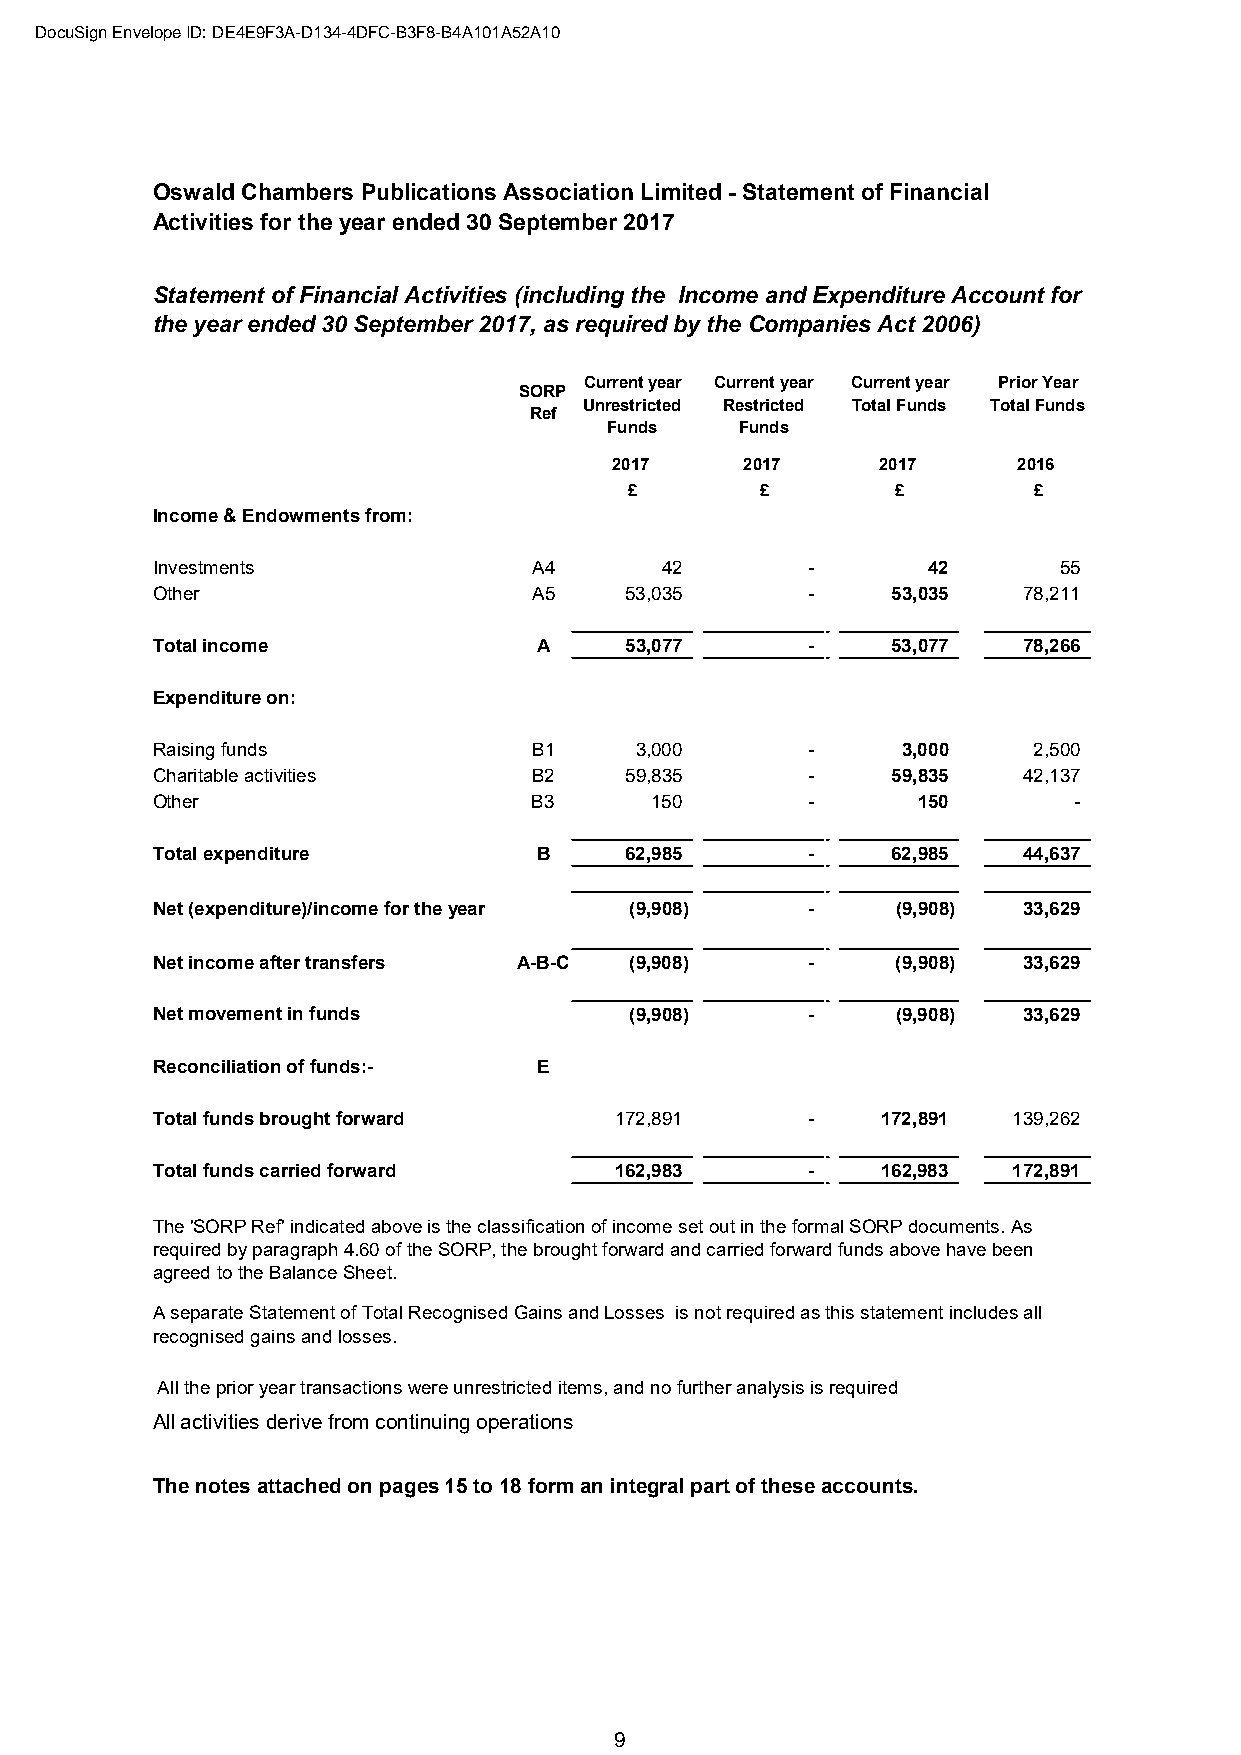
DocuSign Envelope ID: DE4E9F3A-D134-4DFC-B3F8-B4A101A52A10
 Oswald Chambers Publications Association Limited - Statement of Financial
 Activities for the year ended 30 September 2017
 Statement of Financial Activities (including the Income and Expenditure Account for
 the year ended 30 September 2017, as required by the Companies Act 2006)
 Current year Current year Current year Prior Year
 SORP
 Unrestricted Restricted Total Funds Total Funds
 Ref
 Funds    Funds
 2017    2017     2017     2016
 £       £        £        £
 Income & Endowments from:
 Investments              A4       42       -       42       55
 Other                    A5    53,035      -     53,035   78,211
 Total income              A    53,077      -     53,077   78,266
 Expenditure on:
 Raising funds            B1     3,000      -      3,000   2,500
 Charitable activities    B2    59,835      -     59,835   42,137
 Other                    B3      150       -       150       -
 Total expenditure         B    62,985      -     62,985   44,637
 Net (expenditure)/income for the year (9,908) -  (9,908)  33,629
 Net income after transfers A-B-C (9,908)   -     (9,908)  33,629
 Net movement in funds           (9,908)    -     (9,908)  33,629
 Reconciliation of funds:- E
 Total funds brought forward    172,891     -    172,891  139,262
 Total funds carried forward    162,983     -    162,983  172,891
 The 'SORP Ref' indicated above is the classification of income set out in the formal SORP documents. As
 required by paragraph 4.60 of the SORP, the brought forward and carried forward funds above have been
 agreed to the Balance Sheet.
 A separate Statement of Total Recognised Gains and Losses is not required as this statement includes all
 recognised gains and losses.
 All the prior year transactions were unrestricted items, and no further analysis is required
 All activities derive from continuing operations
 The notes attached on pages 15 to 18 form an integral part of these accounts.
 9